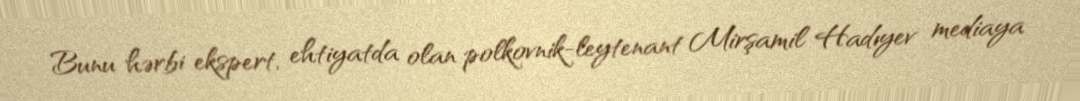
Bunu hərbi ekspert, ehtiyatda olan polkovnik-leytenant Mirşamil Hadıyev mediaya